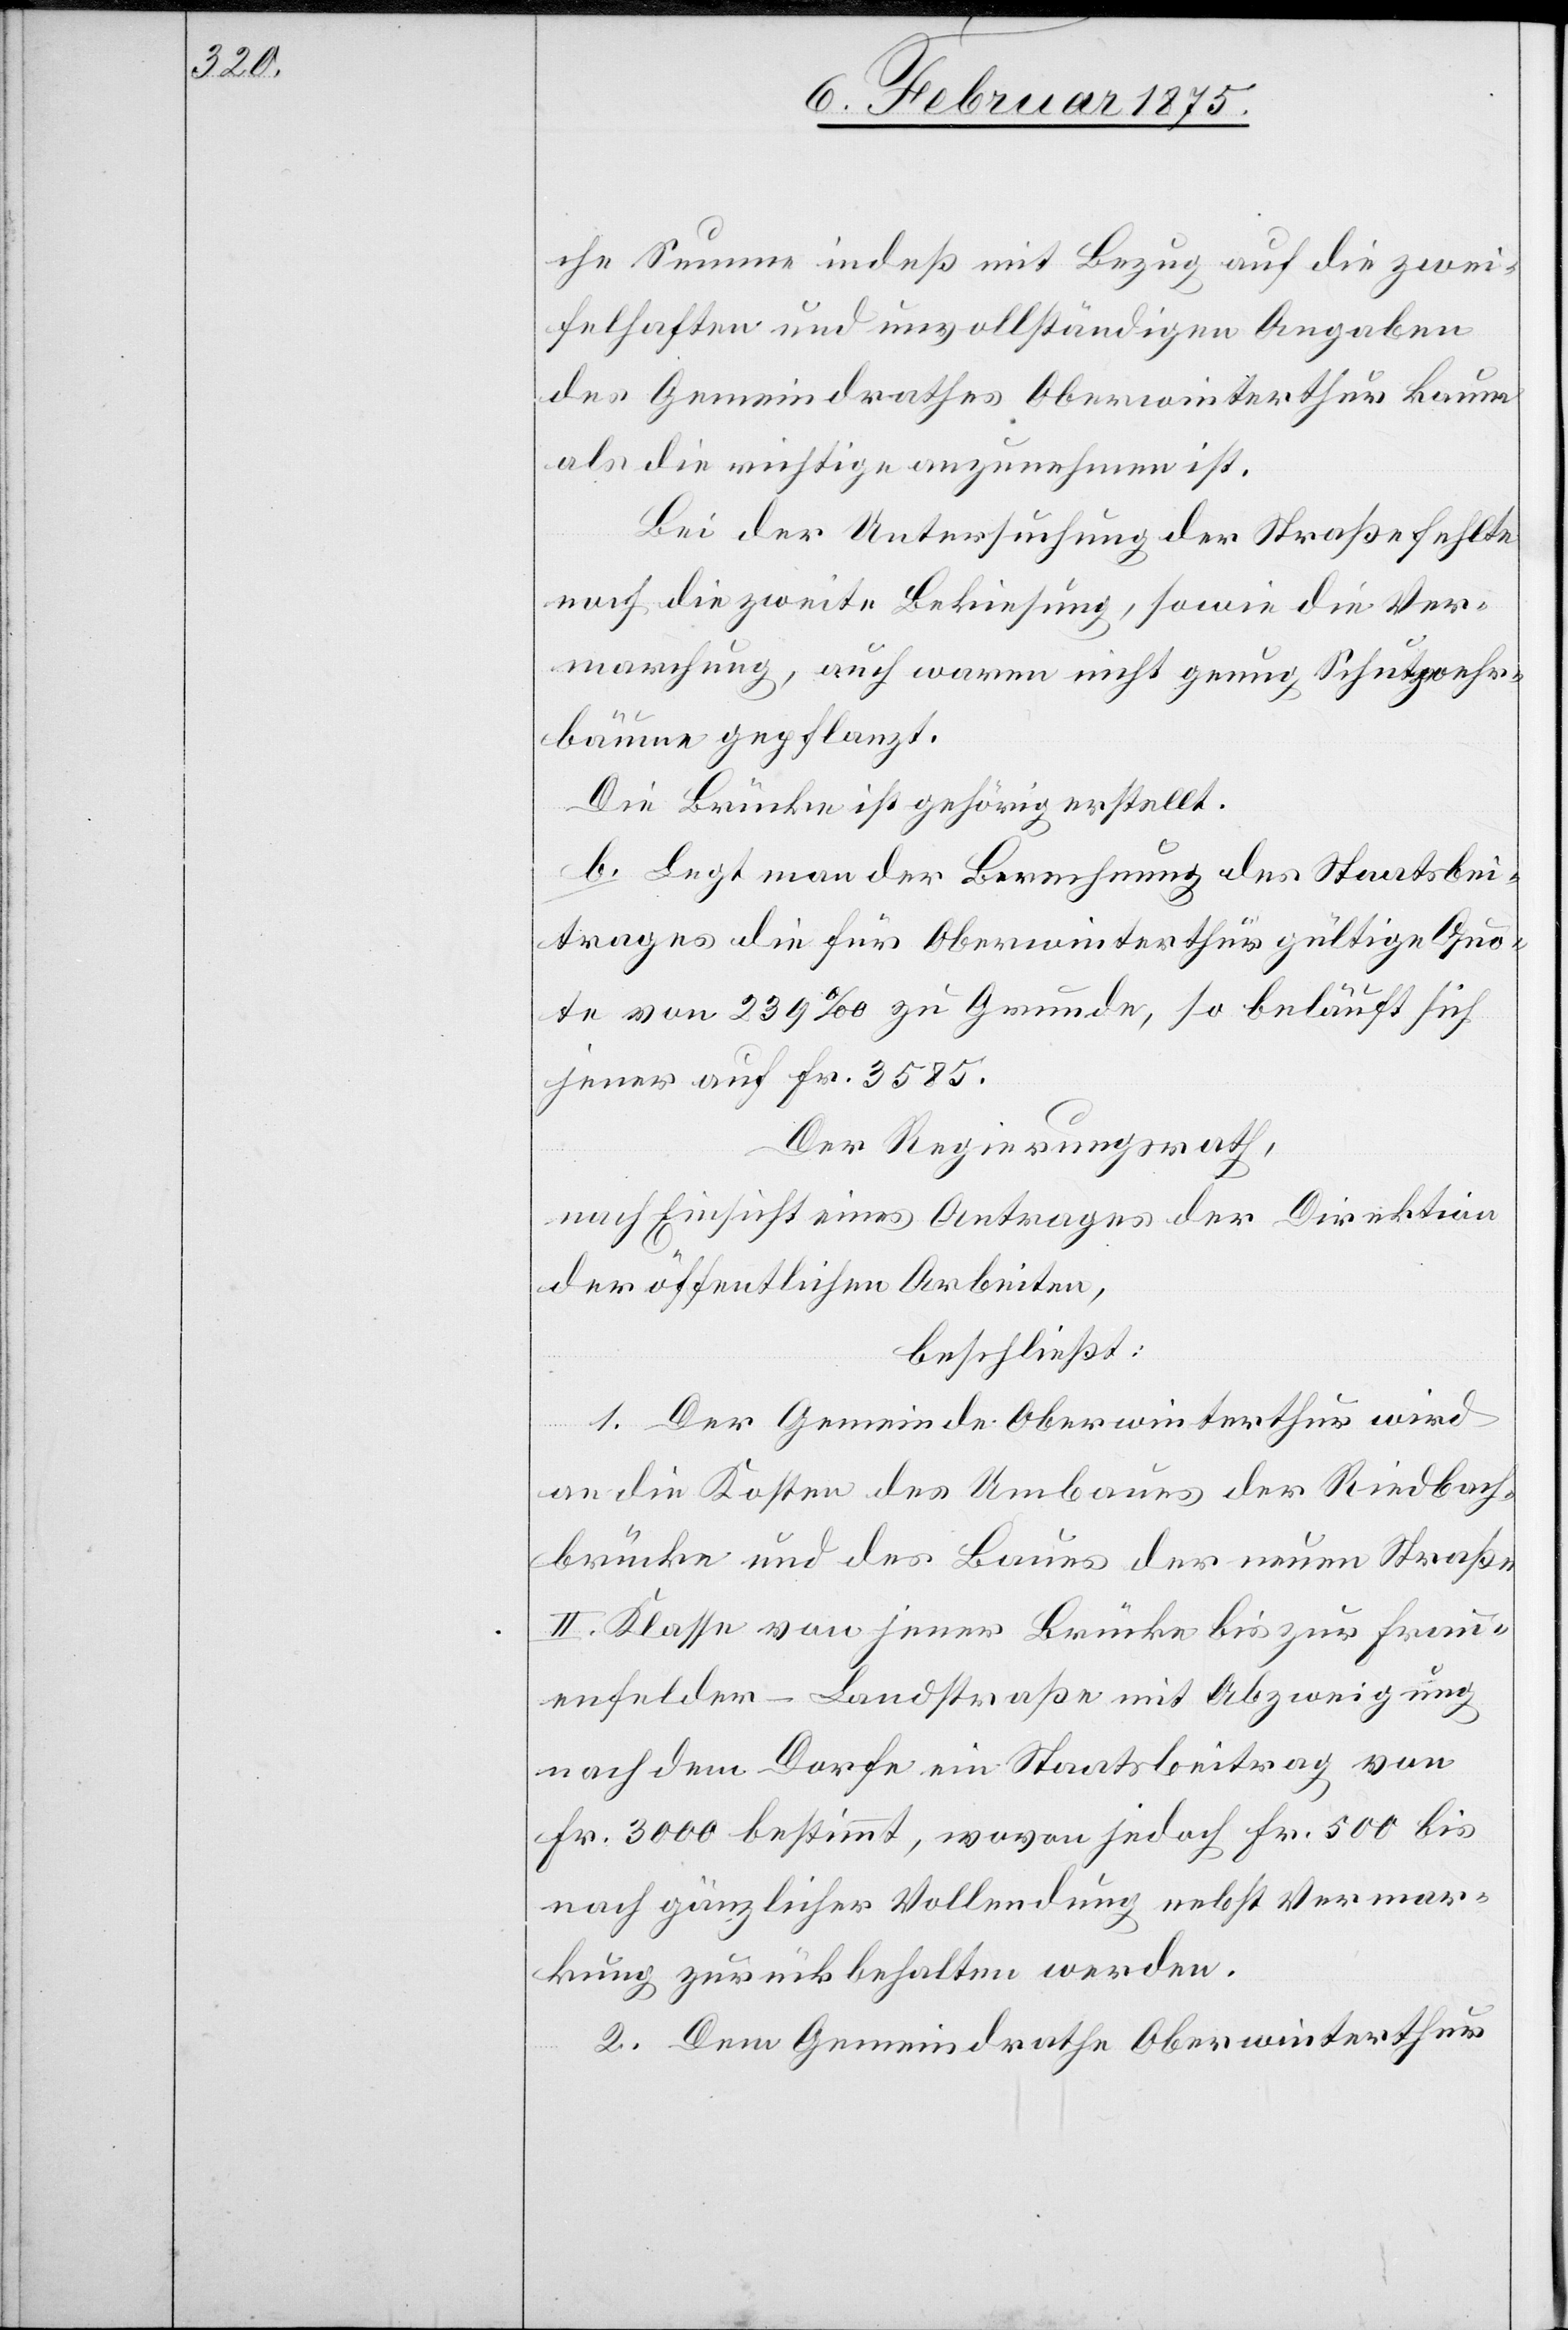
che Summe indeß mit Bezug auf die zwei¬
felhaften und unvollständigen Angaben
des Gemeindrathes Oberwinterthur kaum
als die richtige anzunehmen ist.
Bei der Untersuchung der Straße fehlte
noch die zweite Bekiesung, sowie die Ver¬
marchung, auch waren nicht genug Schutzwehr¬
bäume gepflanzt.
Die Brücke ist gehörig erstellt.
b. Legt man der Berechnung des Staatsbei¬
trages die für Oberwinterthur gültige Quo¬
te von 239‰ zu Grunde, so beläuft sich
jener auf fr. 3585.
Der Regierungsrath,
nach Einsicht eines Antrages der Direktion
der öffentlichen Arbeiten,
beschließt:
1. Der Gemeinde Oberwinterthur wird
an die Kosten des Umbaues der Riedbach¬
brücke und des Baues der neuen Straße
II. Klasse von jener Brücke bis zur Frau¬
enfelder-Landstraße mit Abzweigung
nach dem Dorfe ein Staatsbeitrag von
Fr. 3000 bestimmt, wovon jedoch Fr. 500 bis
nach gänzlicher Vollendung nebst Vermar¬
kung zurückbehalten werden.
2. Dem Gemeindrathe Oberwinterthur